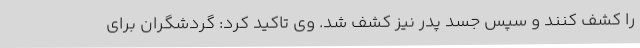
را کشف کنند و سپس جسد پدر نیز کشف شد. وی تاکید کرد: گردشگران برای